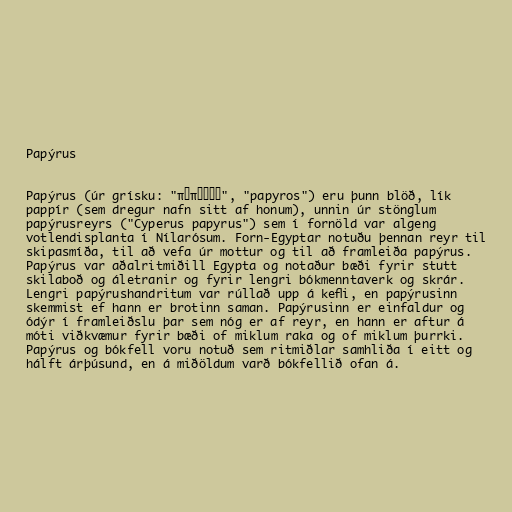
Papýrus

Papýrus (úr grísku: "πάπυρος", "papyros") eru þunn blöð, lík
pappír (sem dregur nafn sitt af honum), unnin úr stönglum
papýrusreyrs ("Cyperus papyrus") sem í fornöld var algeng
votlendisplanta í Nílarósum. Forn-Egyptar notuðu þennan reyr til
skipasmíða, til að vefa úr mottur og til að framleiða papýrus.
Papýrus var aðalritmiðill Egypta og notaður bæði fyrir stutt
skilaboð og áletranir og fyrir lengri bókmenntaverk og skrár.
Lengri papýrushandritum var rúllað upp á kefli, en papýrusinn
skemmist ef hann er brotinn saman. Papýrusinn er einfaldur og
ódýr í framleiðslu þar sem nóg er af reyr, en hann er aftur á
móti viðkvæmur fyrir bæði of miklum raka og of miklum þurrki.
Papýrus og bókfell voru notuð sem ritmiðlar samhliða í eitt og
hálft árþúsund, en á miðöldum varð bókfellið ofan á.